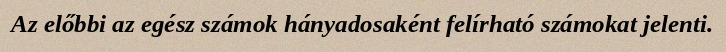
Az előbbi az egész számok hányadosaként felírható számokat jelenti.